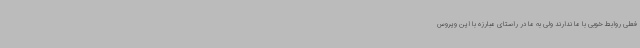
فعلی روابط خوبی با ما ندارند ولی به ما در راستای مبارزه با این ویروس